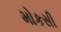
મોકસી